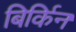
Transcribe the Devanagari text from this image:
बिर्किन